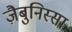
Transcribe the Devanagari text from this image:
ज़ैबुनिस्सा